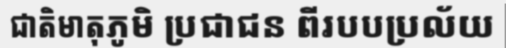
ជាតិមាតុភូមិ ប្រជាជន ពីរបបប្រល័យ